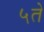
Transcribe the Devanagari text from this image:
५ते